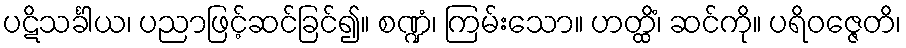
ပဋိသင်္ခါယ၊ ပညာဖြင့်ဆင်ခြင်၍။ စဏ္ဍံ၊ ကြမ်းသော။ ဟတ္ထိံ၊ ဆင်ကို။ ပရိဝဇ္ဇေတိ၊